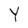
Character: Y